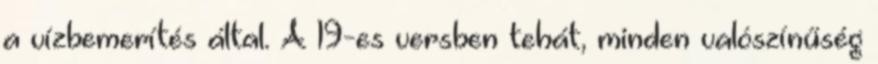
a vízbemerítés által. A 19-es versben tehát, minden valószínűség